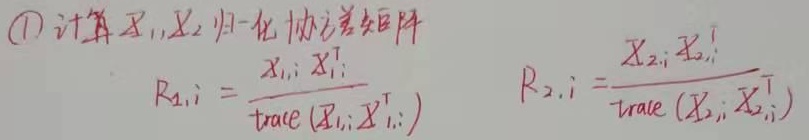
\textcircled{1}计算\(X_1,X_2\)归一化协方差矩阵
\(R_{1,i} = \frac{X_{1,i}X_{1,i}^T}{\text{trace}(X_{1,i}X_{1,i}^T)}\)
\(R_{2,i} = \frac{X_{2,i}X_{2,i}^T}{\text{trace}(X_{2,i}X_{2,i}^T)}\)